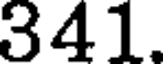
341.